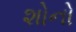
શોનો